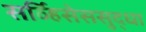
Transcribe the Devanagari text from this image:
सर्व्हिसेससुद्धा